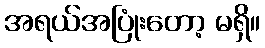
အရယ်အပြုံးတော့ မရှိ။